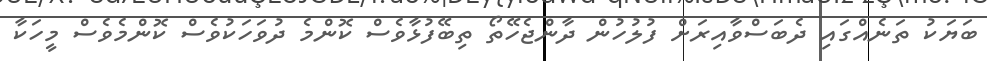
ބަޔަކު ތަނެއްގައި ދެބަސްވާއިރަށް ފުލުހުން ދާންޖެހޭތޯ ތިބޭފުޅާވެސް ކޮންމެ ދުވަހަކުވެސް ކޮންމެވެސް މީހަކާ